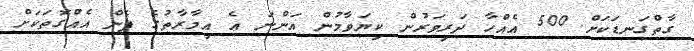
ގާތްގަނޑަކަށް 500 އެއްހާ ދަރިވަރުން ކިޔަވާމުން އަންނަ އެ އިމާރާތުގެ ފެން އެއްގޮތަކަށް